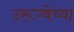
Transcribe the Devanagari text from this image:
उरूग्वेच्या